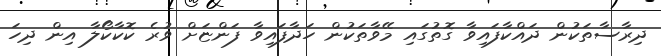
ދިރާސާތަކުން ދައްކާފައިވާ ގޮތުގައި މޭވާތަކުން ހަދާފައިވާ ފަންޏަށް ވުރެ ކޮކާކޯލާ އިން ދިހަ